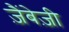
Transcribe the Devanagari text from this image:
ज़ैंबेज़ी